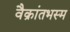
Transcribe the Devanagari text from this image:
वैक्रांतभस्म